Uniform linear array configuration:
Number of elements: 24
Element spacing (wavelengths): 0.25
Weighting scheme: cosine
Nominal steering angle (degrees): -45
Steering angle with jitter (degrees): -44.878
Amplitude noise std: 0.05
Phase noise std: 0.05

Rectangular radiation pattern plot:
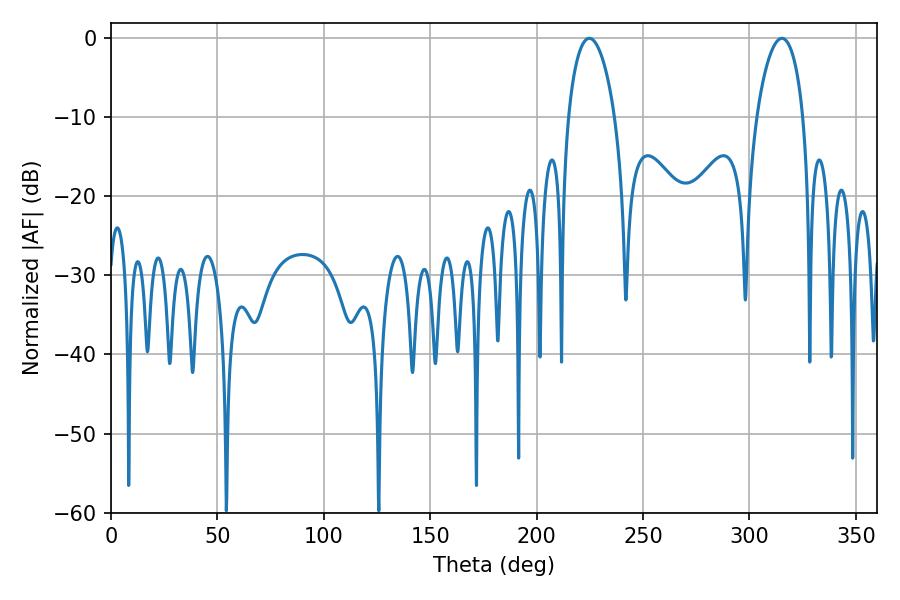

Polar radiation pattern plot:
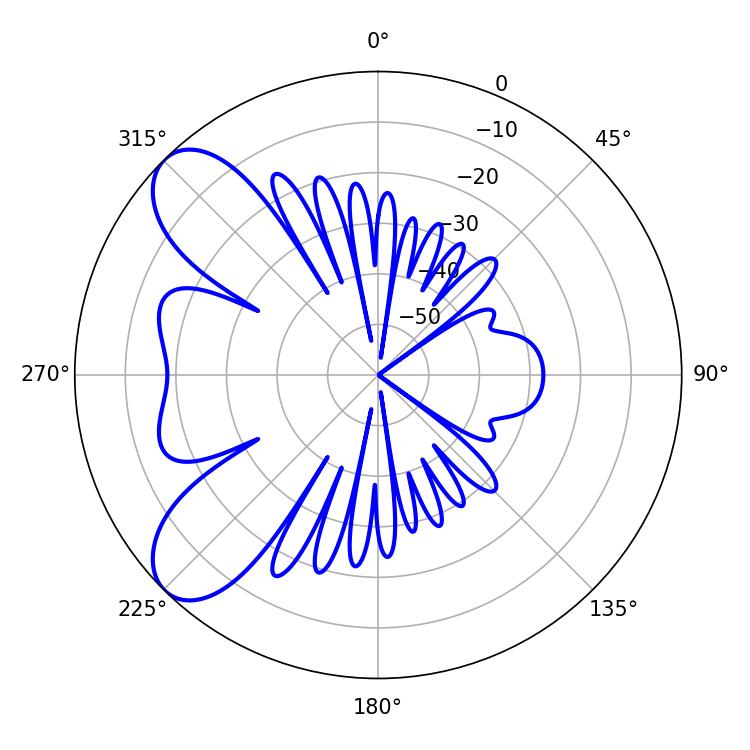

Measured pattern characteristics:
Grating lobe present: FALSE
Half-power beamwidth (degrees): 12.42
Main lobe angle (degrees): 224.82